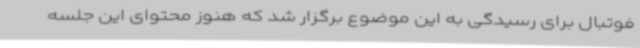
فوتبال برای رسیدگی به این موضوع برگزار شد که هنوز محتوای این جلسه